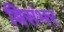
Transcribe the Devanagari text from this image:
बिसंभर